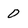
Character: 0